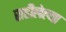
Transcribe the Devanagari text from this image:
राहीलेल्‍या